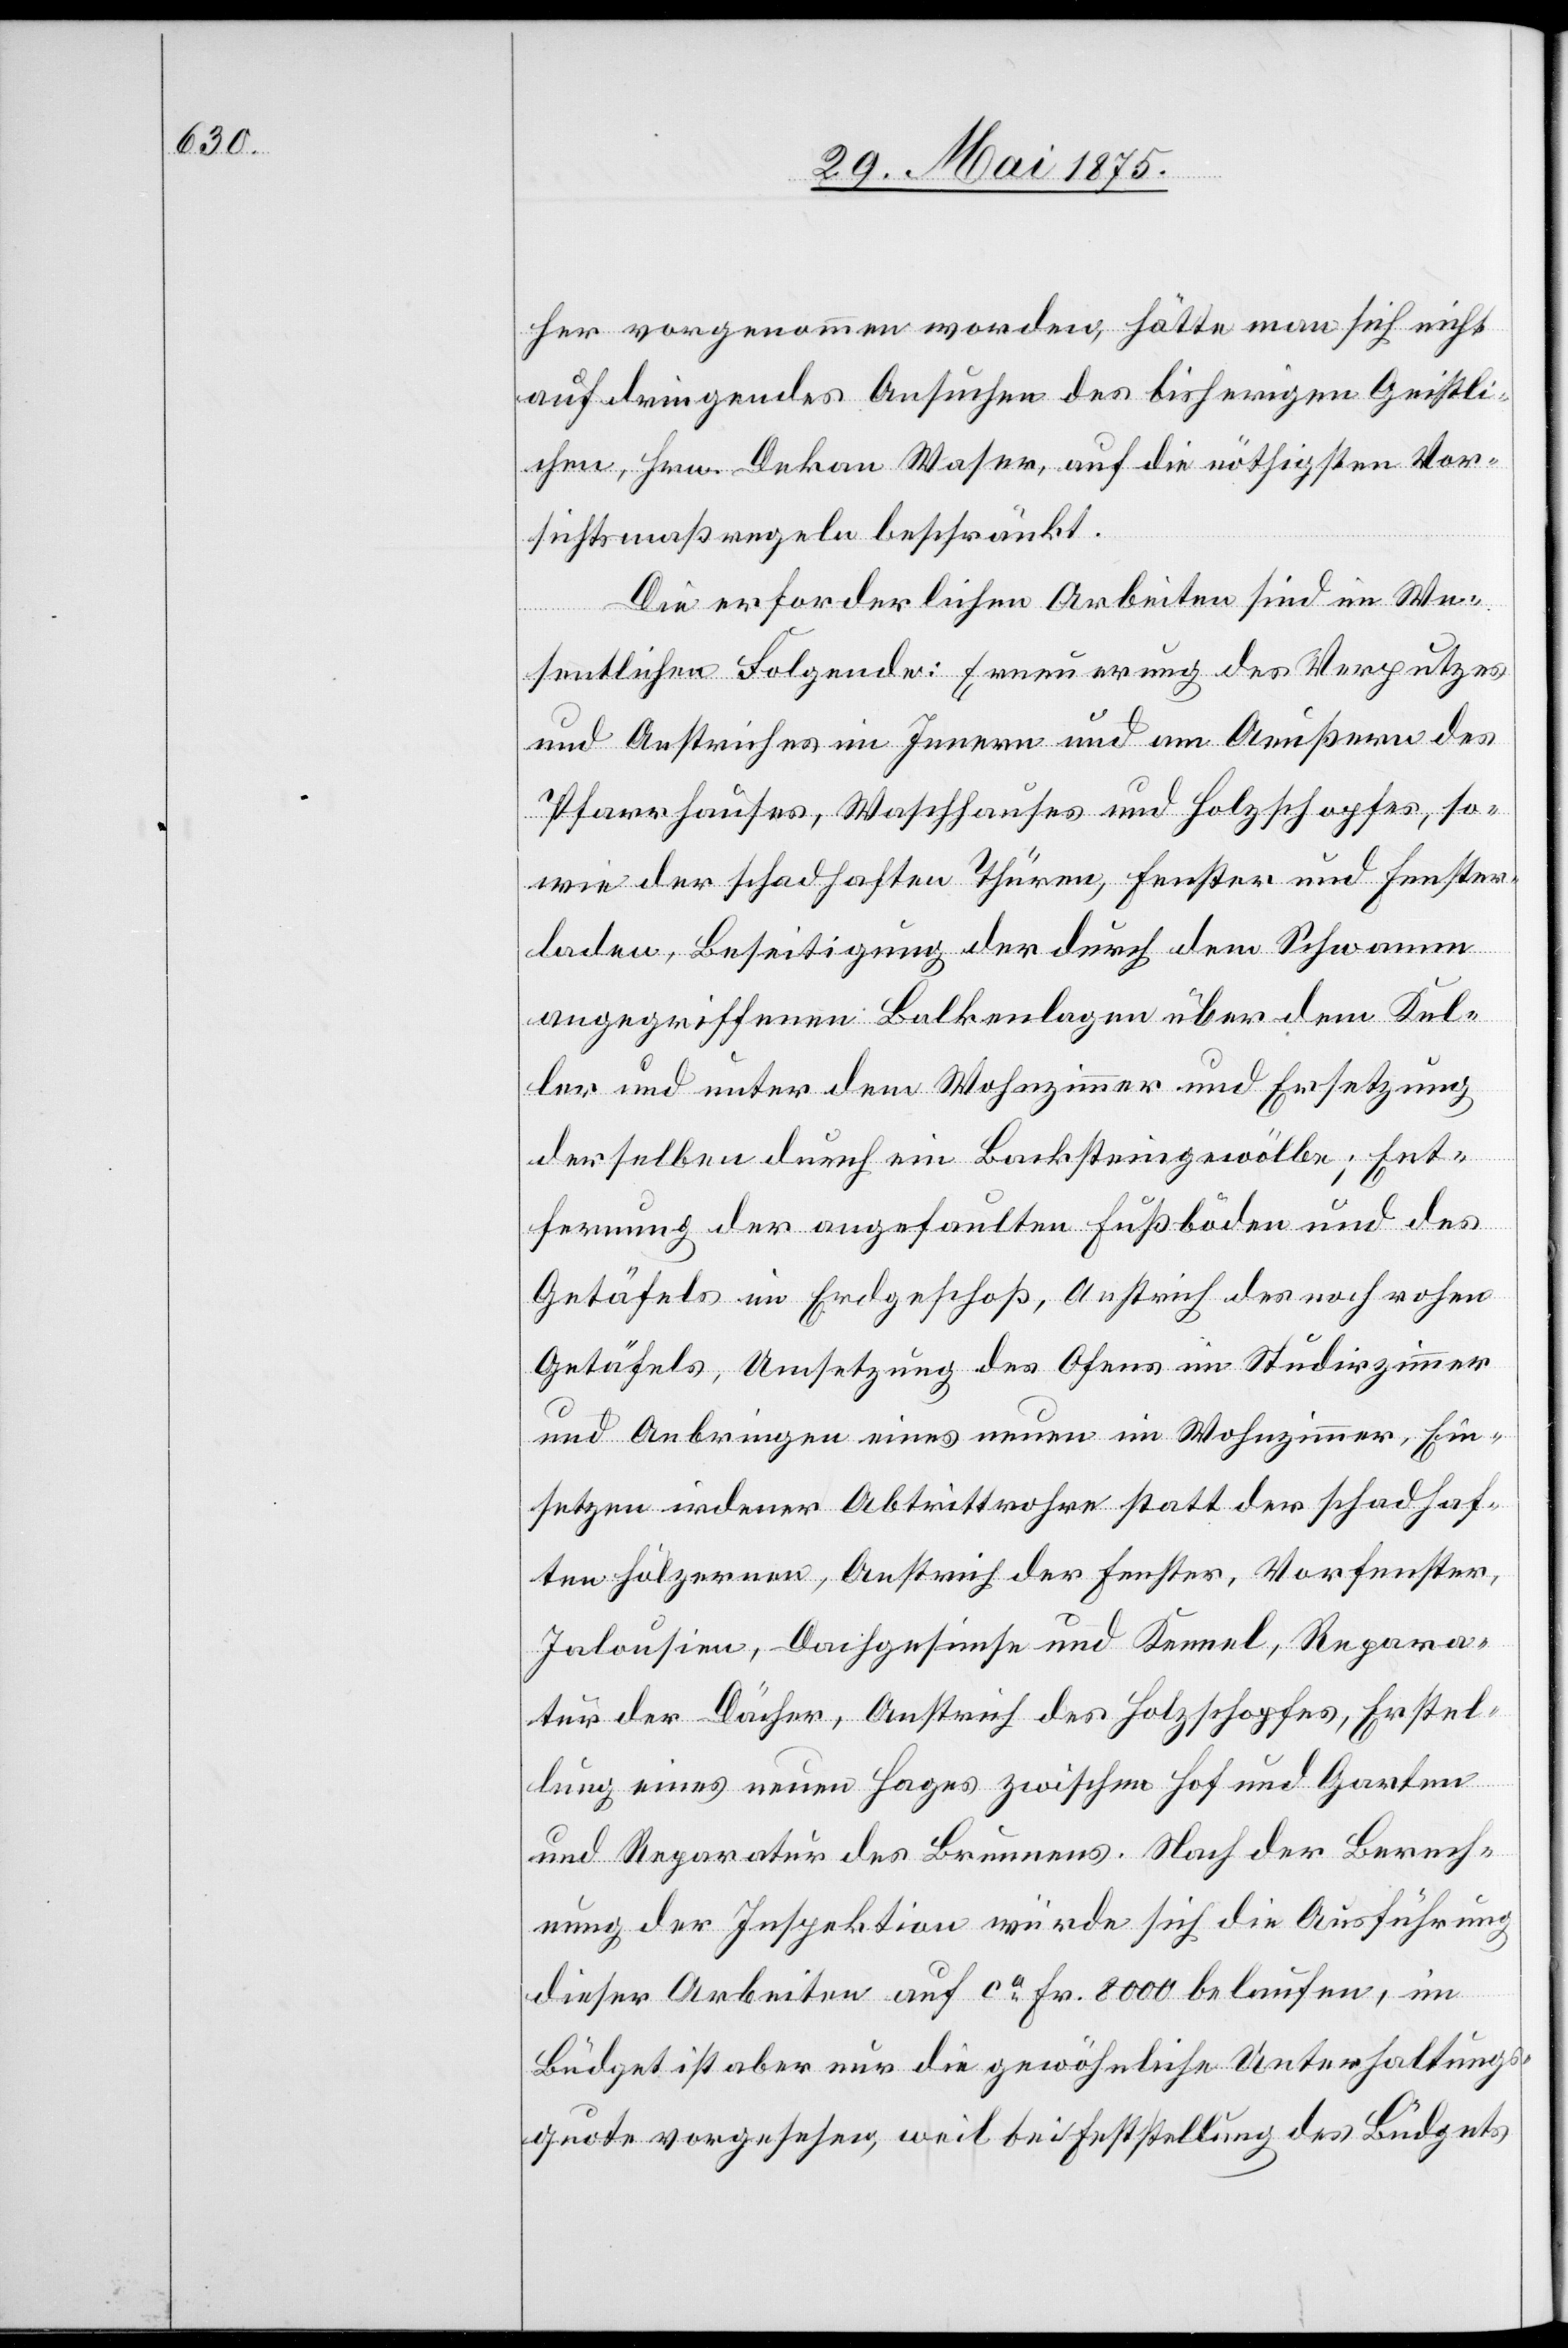
her vorgenommen worden, hätte man sich nicht
auf dringendes Ansuchen des bisherigen Geistli¬
chen, Hrn. Dekan Waser, auf die nöthigsten Vor¬
sichtsmaßregeln beschränkt.
Die erforderlichen Arbeiten sind im We¬
sentlichen Folgende: Erneuerung des Verputzes
und Anstriches im Innern und am Aeußern des
Pfarrhauses, Waschhauses und Holzschopfes, so¬
wie der schadhaften Thüren, Fenster und Fenster¬
laden, Beseitigung der durch dem Schwamm
angegriffenen Balkenlagen über dem Kel¬
ler und unter dem Wohnzimmer und Ersetzung
derselben durch ein Backsteingewölbe; Ent¬
fernung der angefaulten Fußböden und des
Getäfels im Erdgeschoß, Anstrich des noch rohen
Getäfels, Umsetzung des Ofens im Studirzimmer
und Anbringen eines neuen im Wohnzimmer, Ein¬
setzen irdener Abtrittrohre statt der schadhaf¬
ten hölzernen, Anstrich der Fenster, Vorfenster,
Jalousien, Dachgesimse und Kennel, Repara¬
tur der Dächer, Anstrich des Holzschopfes, Erstel¬
lung eines neuen Hages zwischen Hof und Garten
und Reparatur des Brunnens. Nach der Berech¬
nung der Inspektion würde sich Ausführung
dieser Arbeiten auf ca Fr. 8000 verlaufen, im
Büdget ist aber nur die gewöhnliche Unterhaltungs¬
quote vorgesehen, weil bei Feststellung des Büdgets